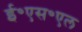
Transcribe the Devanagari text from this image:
ई॰एस॰एल